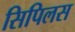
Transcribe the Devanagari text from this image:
सिपिलस